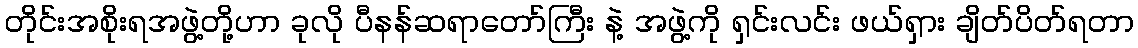
တိုင်းအစိုးရအဖွဲ့တို့ဟာ ခုလို ပီနန်ဆရာတော်ကြီး နဲ့ အဖွဲ့ကို ရှင်းလင်း ဖယ်ရှား ချိတ်ပိတ်ရတာ